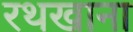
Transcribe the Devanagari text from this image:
रथखाना